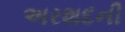
અરશદની